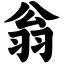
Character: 翁